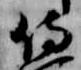
侍